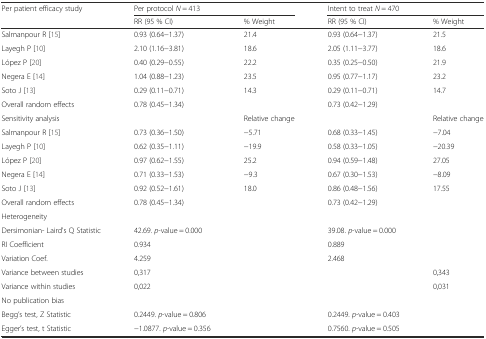
<table><thead><tr><td rowspan="2"><b>Per patient efficacy study</b></td><td colspan="2"><b>Per protocol <i>N</i> = 413</b></td><td colspan="2"><b>Intent to treat <i>N</i> = 470</b></td></tr><tr><td><b>RR (95 % CI)</b></td><td><b>% Weight</b></td><td><b>RR (95 % CI)</b></td><td><b>% Weight</b></td></tr></thead><tbody><tr><td>Salmanpour R [15]</td><td>0.93 (0.64−1.37)</td><td>21.4</td><td>0.93 (0.64−1.37)</td><td>21.5</td></tr><tr><td>Layegh P [10]</td><td>2.10 (1.16−3.81)</td><td>18.6</td><td>2.05 (1.11−3.77)</td><td>18.6</td></tr><tr><td>López P [20]</td><td>0.40 (0.29−0.55)</td><td>22.2</td><td>0.35 (0.25−0.50)</td><td>21.9</td></tr><tr><td>Negera E [14]</td><td>1.04 (0.88−1.23)</td><td>23.5</td><td>0.95 (0.77−1.17)</td><td>23.2</td></tr><tr><td>Soto J [13]</td><td>0.29 (0.11−0.71)</td><td>14.3</td><td>0.29 (0.11−0.71)</td><td>14.7</td></tr><tr><td>Overall random effects</td><td>0.78 (0.45−1.34)</td><td></td><td>0.73 (0.42−1.29)</td><td></td></tr><tr><td>Sensitivity analysis</td><td></td><td>Relative change</td><td></td><td>Relative change</td></tr><tr><td>Salmanpour R [15]</td><td>0.73 (0.36−1.50)</td><td>−5.71</td><td>0.68 (0.33−1.45)</td><td>−7.04</td></tr><tr><td>Layegh P [10]</td><td>0.62 (0.35−1.11)</td><td>−19.9</td><td>0.58 (0.33−1.05)</td><td>−20.39</td></tr><tr><td>López P [20]</td><td>0.97 (0.62−1.55)</td><td>25.2</td><td>0.94 (0.59−1.48)</td><td>27.05</td></tr><tr><td>Negera E [14]</td><td>0.71 (0.33−1.53)</td><td>−9.3</td><td>0.67 (0.30−1.53)</td><td>−8.09</td></tr><tr><td>Soto J [13]</td><td>0.92 (0.52−1.61)</td><td>18.0</td><td>0.86 (0.48−1.56)</td><td>17.55</td></tr><tr><td>Overall random effects</td><td>0.78 (0.45−1.34)</td><td></td><td>0.73 (0.42−1.29)</td><td></td></tr><tr><td>Heterogeneity</td><td></td><td></td><td></td><td></td></tr><tr><td>Dersimonian- Laird&#x27;s Q Statistic</td><td>42.69. <i>p</i>-value = 0.000</td><td></td><td>39.08. <i>p</i>-value = 0.000</td><td></td></tr><tr><td>RI Coefficient</td><td>0.934</td><td></td><td>0.889</td><td></td></tr><tr><td>Variation Coef.</td><td>4.259</td><td></td><td>2.468</td><td></td></tr><tr><td>Variance between studies</td><td>0,317</td><td></td><td></td><td>0,343</td></tr><tr><td>Variance within studies</td><td>0,022</td><td></td><td></td><td>0,031</td></tr><tr><td>No publication bias</td><td></td><td></td><td></td><td></td></tr><tr><td>Begg’s test, Z Statistic</td><td>0.2449. <i>p</i>-value = 0.806</td><td></td><td>0.2449. <i>p</i>-value = 0.403</td><td></td></tr><tr><td>Egger’s test, t Statistic</td><td>−1.0877. <i>p</i>-value = 0.356</td><td></td><td>0.7560. <i>p</i>-value = 0.505</td><td></td></tr></tbody></table>